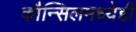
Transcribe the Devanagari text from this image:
कौन्सिलमध्येही